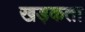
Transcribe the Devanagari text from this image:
खड़कता